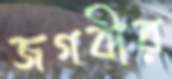
জগবীর